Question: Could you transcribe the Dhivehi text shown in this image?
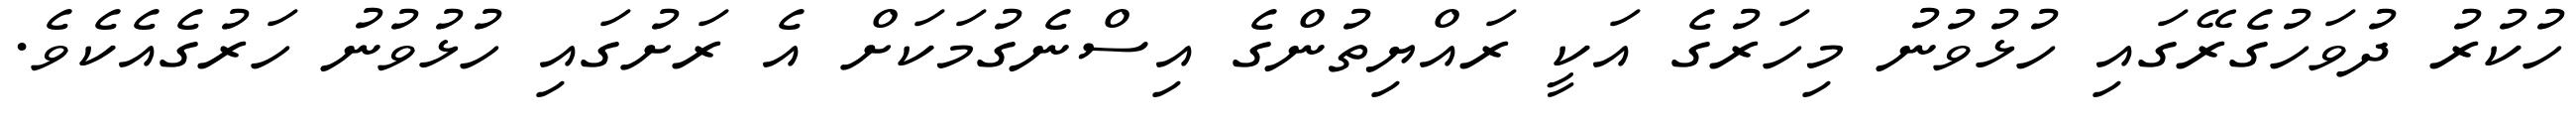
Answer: ހުކުރު ދުވަހުގެރޭގައި ހުޅުވުނު މިހަރުގެ އަކީ ރައްޔިތުންގެ އިސްނެގުމަކަށް އެ ރަށުގައި ހުޅުވުނު ހަރުގެއެކެވެ.